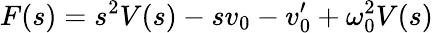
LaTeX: F(s)=s^{2}V(s)-sv_{0}-v_{0}^{\prime}+\omega_{0}^{2}V(s)